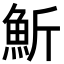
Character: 䰺